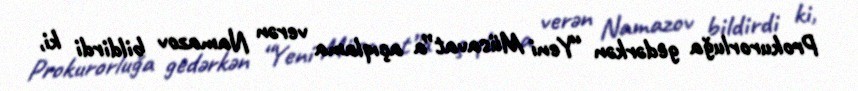
Prokurorluğa gedərkən “Yeni Müsavat”a açıqlama verən Namazov bildirdi ki,